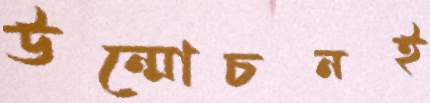
উন্মোচনই